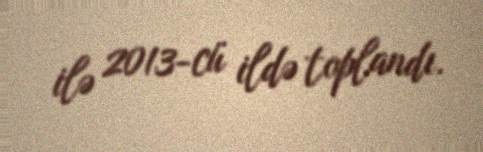
ilə 2013-cü ildə toplandı.